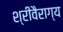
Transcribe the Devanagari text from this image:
श्रीवैराग्य